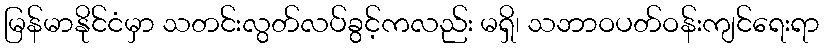
မြန်မာနိုင်ငံမှာ သတင်းလွတ်လပ်ခွင့်ကလည်း မရှိ၊ သဘာဝပတ်ဝန်းကျင်ရေးရာ